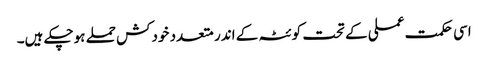
اسی حکمت عملی کے تحت کوئٹہ کے اندر متعدد خودکش حملے ہوچکے ہیں۔